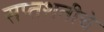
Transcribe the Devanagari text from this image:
सप्तशतीचे